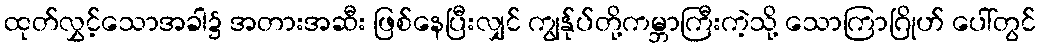
ထုတ်လွှင့်သောအခါ၌ အတားအဆီး ဖြစ်နေပြီးလျှင် ကျွန်ုပ်တို့ကမ္ဘာကြီးကဲ့သို့ သောကြာဂြိုဟ် ပေါ်တွင်